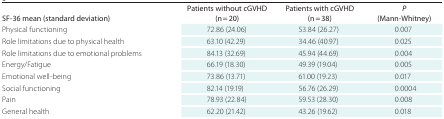
<table><thead><tr><td><b>SF-36 mean (standard deviation)</b></td><td><b>Patients without cGVHD (n = 20)</b></td><td><b>Patients with cGVHD (n = 38)</b></td><td><b><i>P</i> (Mann-Whitney)</b></td></tr></thead><tbody><tr><td>Physical functioning</td><td>72.86 (24.06)</td><td>53.84 (26.27)</td><td><b>0.007</b></td></tr><tr><td>Role limitations due to physical health</td><td>63.10 (42.29)</td><td>34.46 (40.97)</td><td><b>0.025</b></td></tr><tr><td>Role limitations due to emotional problems</td><td>84.13 (32.69)</td><td>45.94 (44.69)</td><td><b>0.004</b></td></tr><tr><td>Energy/Fatigue</td><td>66.19 (18.30)</td><td>49.39 (19.04)</td><td><b>0.005</b></td></tr><tr><td>Emotional well-being</td><td>73.86 (13.71)</td><td>61.00 (19.23)</td><td><b>0.017</b></td></tr><tr><td>Social functioning</td><td>82.14 (19.19)</td><td>56.76 (26.29)</td><td><b>0.0004</b></td></tr><tr><td>Pain</td><td>78.93 (22.84)</td><td>59.53 (28.30)</td><td><b>0.008</b></td></tr><tr><td>General health</td><td>62.20 (21.42)</td><td>43.26 (19.62)</td><td><b>0.018</b></td></tr></tbody></table>